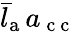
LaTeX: \bar{l}_{\mathrm{a}}\, a_{\mathrm{~c~c~}}